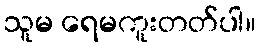
သူမ ရေမကူးတတ်ပါ။